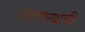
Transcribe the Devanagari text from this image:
रुंदावण्याची